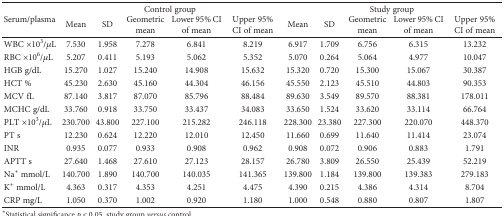
<table><thead><tr><td rowspan="2"><b>Serum/plasma</b></td><td colspan="5"><b>Control group</b></td><td colspan="5"><b>Study group</b></td></tr><tr><td><b>Mean</b></td><td><b>SD</b></td><td><b>Geometric mean</b></td><td><b>Lower 95% CI of mean</b></td><td><b>Upper 95% CI of mean</b></td><td><b>Mean</b></td><td><b>SD</b></td><td><b>Geometric mean</b></td><td><b>Lower 95% CI of mean</b></td><td><b>Upper 95% CI of mean</b></td></tr></thead><tbody><tr><td>WBC ×10<sup>3</sup>/<i>μ</i>L</td><td>7.530</td><td>1.958</td><td>7.278</td><td>6.841</td><td>8.219</td><td>6.917</td><td>1.709</td><td>6.756</td><td>6.315</td><td>13.232</td></tr><tr><td>RBC ×10<sup>6</sup>/<i>μ</i>L</td><td>5.207</td><td>0.411</td><td>5.193</td><td>5.062</td><td>5.352</td><td>5.070</td><td>0.264</td><td>5.064</td><td>4.977</td><td>10.047</td></tr><tr><td>HGB g/dL</td><td>15.270</td><td>1.027</td><td>15.240</td><td>14.908</td><td>15.632</td><td>15.320</td><td>0.720</td><td>15.300</td><td>15.067</td><td>30.387</td></tr><tr><td>HCT %</td><td>45.230</td><td>2.630</td><td>45.160</td><td>44.304</td><td>46.156</td><td>45.550</td><td>2.123</td><td>45.510</td><td>44.803</td><td>90.353</td></tr><tr><td>MCV fL</td><td>87.140</td><td>3.817</td><td>87.070</td><td>85.796</td><td>88.484</td><td>89.630</td><td>3.549</td><td>89.570</td><td>88.381</td><td>178.011</td></tr><tr><td>MCHC g/dL</td><td>33.760</td><td>0.918</td><td>33.750</td><td>33.437</td><td>34.083</td><td>33.650</td><td>1.524</td><td>33.620</td><td>33.114</td><td>66.764</td></tr><tr><td>PLT ×10<sup>3</sup>/<i>μ</i>L</td><td>230.700</td><td>43.800</td><td>227.100</td><td>215.282</td><td>246.118</td><td>228.300</td><td>23.380</td><td>227.300</td><td>220.070</td><td>448.370</td></tr><tr><td>PT s</td><td>12.230</td><td>0.624</td><td>12.220</td><td>12.010</td><td>12.450</td><td>11.660</td><td>0.699</td><td>11.640</td><td>11.414</td><td>23.074</td></tr><tr><td>INR</td><td>0.935</td><td>0.077</td><td>0.933</td><td>0.908</td><td>0.962</td><td>0.908</td><td>0.072</td><td>0.906</td><td>0.883</td><td>1.791</td></tr><tr><td>APTT s</td><td>27.640</td><td>1.468</td><td>27.610</td><td>27.123</td><td>28.157</td><td>26.780</td><td>3.809</td><td>26.550</td><td>25.439</td><td>52.219</td></tr><tr><td>Na<sup>+</sup> mmol/L</td><td>140.700</td><td>1.890</td><td>140.700</td><td>140.035</td><td>141.365</td><td>139.800</td><td>1.184</td><td>139.800</td><td>139.383</td><td>279.183</td></tr><tr><td>K<sup>+</sup> mmol/L</td><td>4.363</td><td>0.317</td><td>4.353</td><td>4.251</td><td>4.475</td><td>4.390</td><td>0.215</td><td>4.386</td><td>4.314</td><td>8.704</td></tr><tr><td>CRP mg/L</td><td>1.050</td><td>0.370</td><td>1.002</td><td>0.920</td><td>1.180</td><td>1.000</td><td>0.548</td><td>0.880</td><td>0.807</td><td>1.807</td></tr></tbody></table>